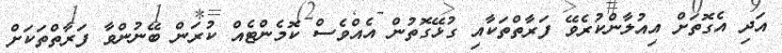
އަދި އެގޮތަށް އިއުލާންކުރެވޭ ފަރާތްތަކާއި ގުޅޭގޮތުން އެއްވެސް ކޮމެންޓެއް ކުރަން ބޭނުންވާ ފަރާތްތަކަށް